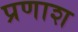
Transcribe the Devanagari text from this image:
प्रणाश